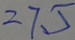
= 7 . 5